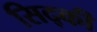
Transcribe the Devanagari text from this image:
सिद्की